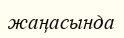
жаңасында